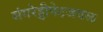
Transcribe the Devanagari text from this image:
संगरेड्डीपेटजवळ